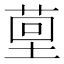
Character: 𮏤